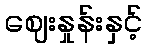
ဈေးနှုန်းနှင့်